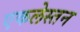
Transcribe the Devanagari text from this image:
एकलेस्तन